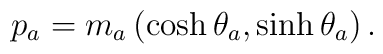
p_{a}=m_{a}\left(\cosh\theta_{a},\sinh\theta_{a}\right).